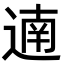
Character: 遖